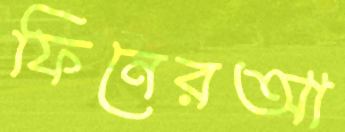
ফিনেরআ